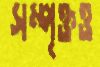
সম্পৃক্তও